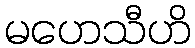
မဟေသီဟိ